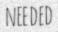
NEEDED